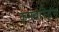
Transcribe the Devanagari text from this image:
कमबस्टिंग